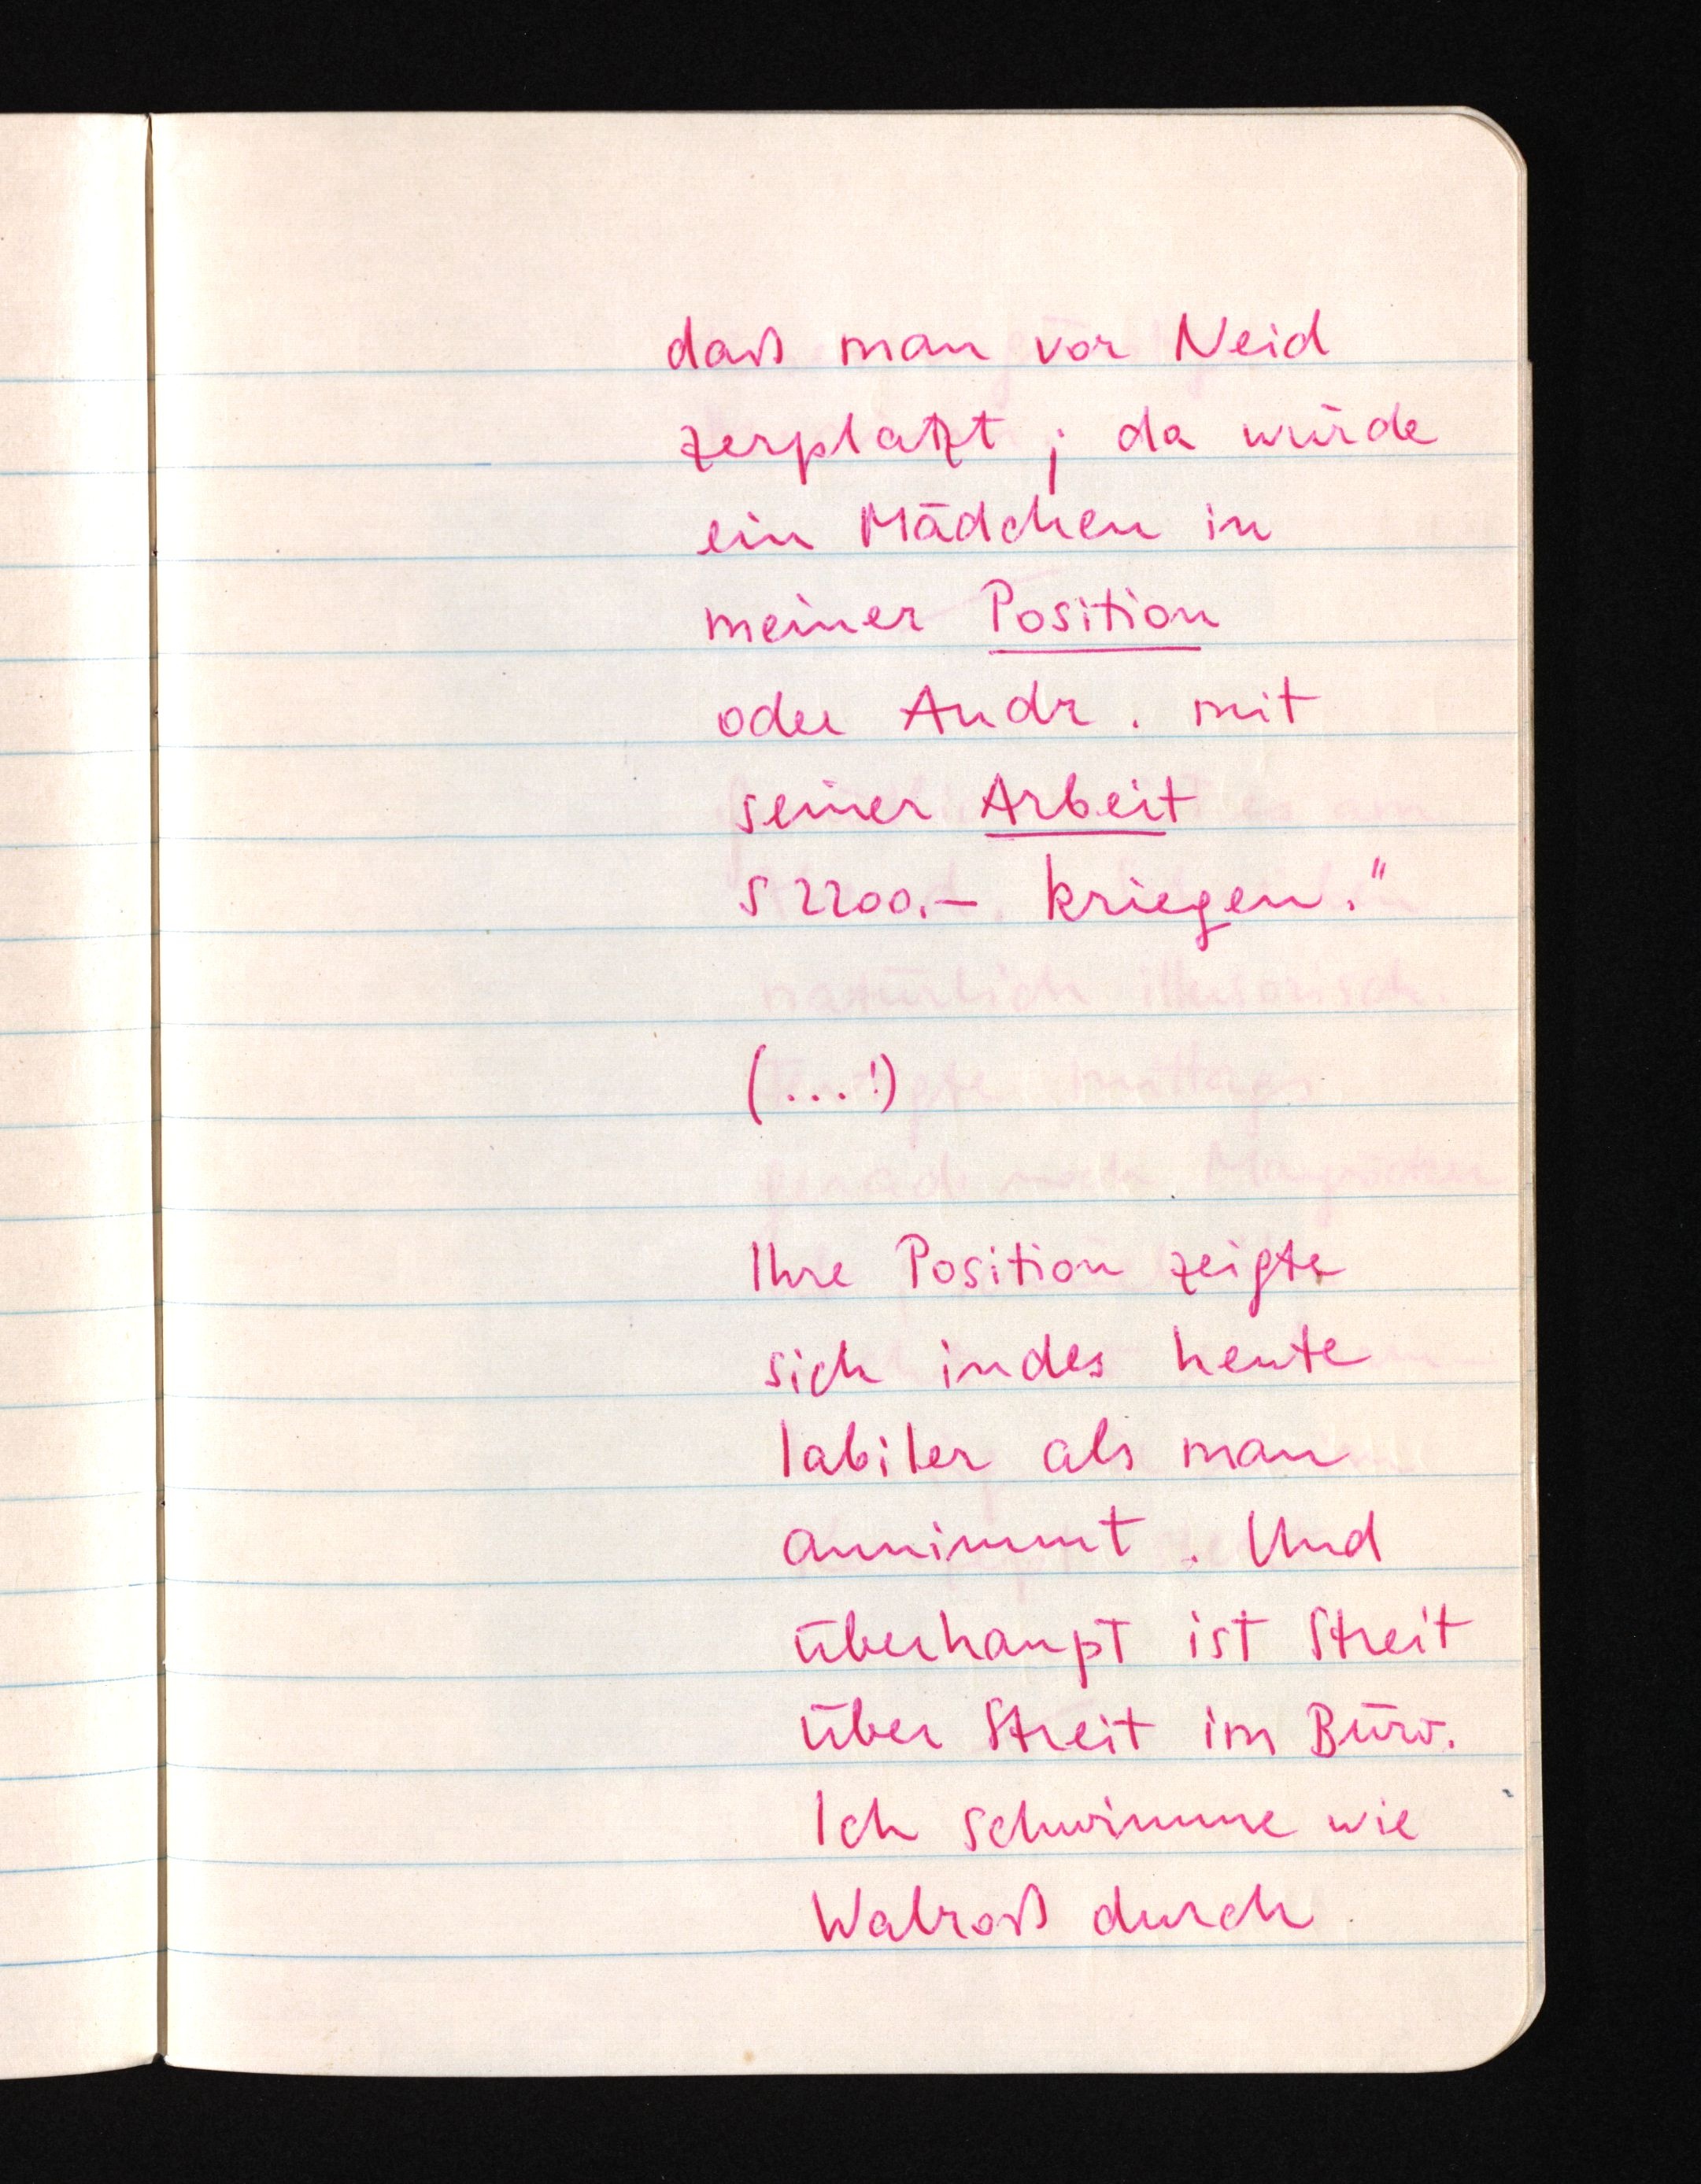
daß man vor Neid
zerplatzt; da würde
ein Mädchen in
meiner Position
oder Andr. mit
seiner Arbeit
S 2200.- kriegen."
(...!)
Ihre Position zeigte
sich indes heute
labiler als man
annimmt. Und
überhaupt ist Streit
über Streit im Büro.
Ich schwimme wie
Walroß durch